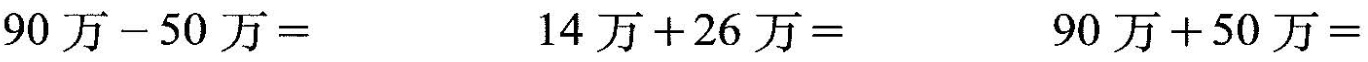
90万-50万=14万+26万=90万+50万=